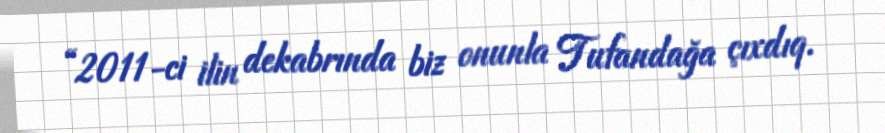
“2011-ci ilin dekabrında biz onunla Tufandağa çıxdıq.